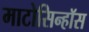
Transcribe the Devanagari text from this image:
माटोसिन्हॉस